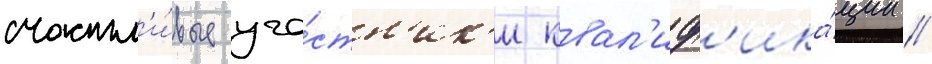
счастл'и́вые уча́стн'ик'и квал'иф'ика́ции //